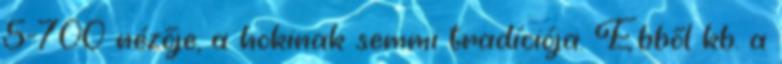
5-700 nézője, a hokinak semmi tradíciója. Ebből kb. a